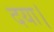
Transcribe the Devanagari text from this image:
दया।